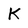
Character: K